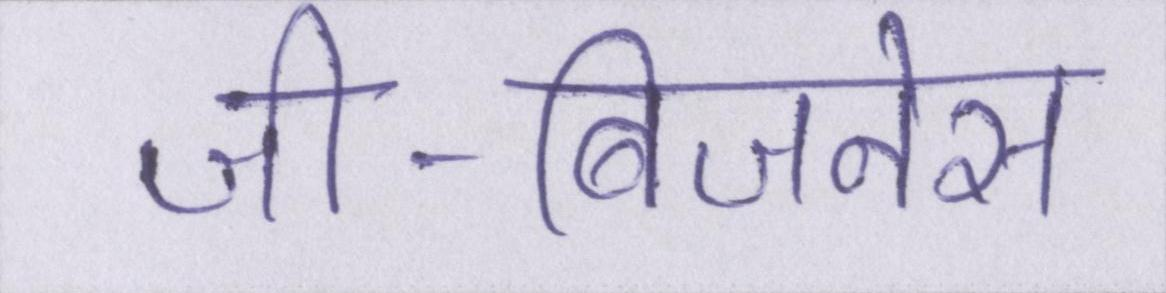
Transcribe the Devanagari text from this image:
जी-बिजनेस